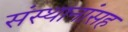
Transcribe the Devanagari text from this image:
संस्थानांसह